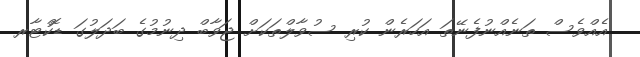
އެއްވެސް ތަނެއްނުފެނޭތަ އަހަރެން ކުރި ސުވާލްތަކަށް ޖަވާބް ދިނުމުގެ ބަދަލުގަ ޑޮކްޓާރ